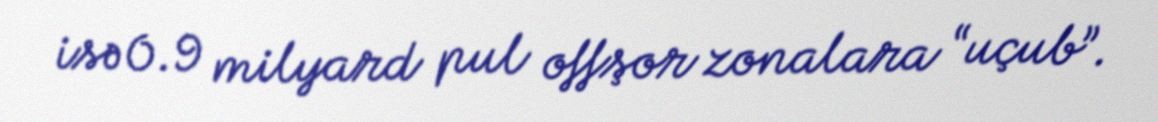
isə 0.9 milyard pul offşor zonalara “uçub”.